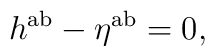
h^{{\rm ab}}-\eta ^{{\rm ab}}=0,